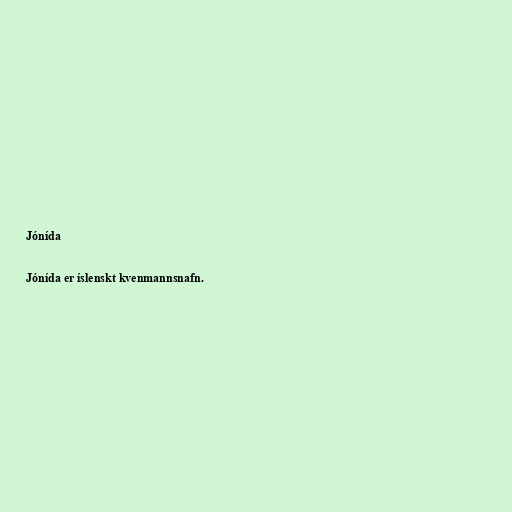
Jónída

Jónída er íslenskt kvenmannsnafn.